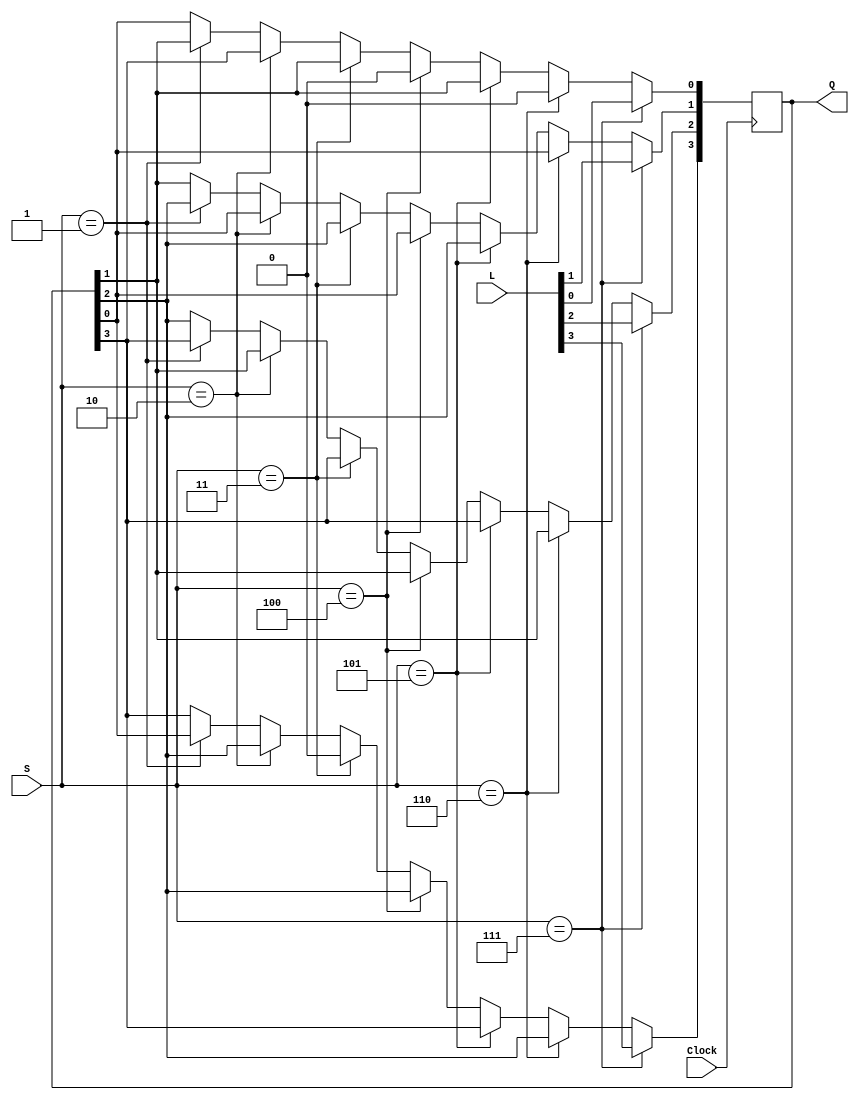
module UniversalShiftBehavioral(L,S,Clock, Q);
	input [0:3]L;
	input [2:0]S;
	input Clock;
	output reg [0:3]Q;

	
	//Q[3] MSB
	//Q[0] LSB
	always@(posedge Clock)
		begin
			if(S == 3'b000)begin
				Q[0] <= Q[0];
				Q[1] <= Q[1];
				Q[2] <= Q[2];
				Q[3] <= Q[3];
				end
		
			if(S == 3'b001)begin
				Q[0] <= Q[3];
				Q[1] <= Q[0];
				Q[2] <= Q[1];
				Q[3] <= Q[2];
				end
				
			if(S == 3'b010)begin
				Q[0] <= Q[1];
				Q[1] <= Q[2];
				Q[2] <= Q[3];
				Q[3] <= Q[0];
				end
			
			if(S == 3'b011)begin
				Q[0] <= 1'b0;
				Q[1] <= Q[0];
				Q[2] <= Q[1];
				Q[3] <= Q[2];
				end
				
			if(S == 3'b100)begin
				Q[0] <= Q[1];
				Q[1] <= Q[2];
				Q[2] <= Q[3];
				Q[3] <= 1'b0;
				end
			
			if(S == 3'b101)begin
				Q[0] <= Q[0];
				Q[1] <= Q[0];
				Q[2] <= Q[1];
				Q[3] <= Q[2];
				end
		
			if(S == 3'b110)begin
				Q[0] <= Q[1];
				Q[1] <= Q[2];
				Q[2] <= Q[3];
				Q[3] <= 1'b0;
				end
				
			if(S == 3'b111)begin
				Q[0] <= L[0];
				Q[1] <= L[1];
				Q[2] <= L[2];
				Q[3] <= L[3];
				end
		end
		
endmodule